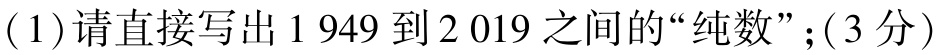
(1)请直接写出1 949到2 019之间的“纯数”；(3分)